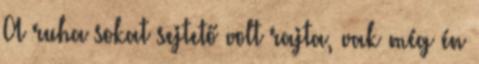
A ruha sokat sejtető volt rajta, vak még én